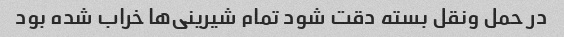
در حمل ونقل بسته دقت شود تمام شیرینی‌ها خراب شده بود